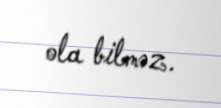
ola bilməz.